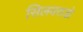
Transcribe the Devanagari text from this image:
सिलवराडो